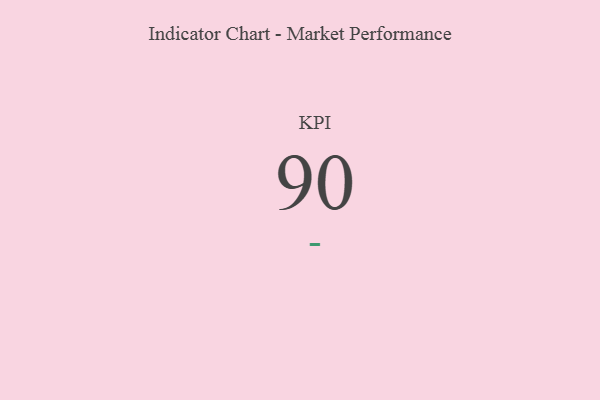
{"axis": {"x": "KPI", "y": "Value"}, "legend": [""], "data": [{"x": "KPI", "y": 90, "type": ""}]}